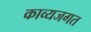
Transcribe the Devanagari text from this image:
काव्यजगत